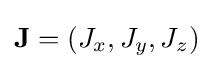
\mathbf {J} =\left(J_{x},J_{y},J_{z}\right)